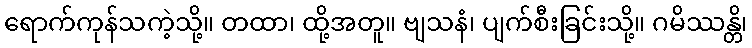
ရောက်ကုန်သကဲ့သို့။ တထာ၊ ထို့အတူ။ ဗျသနံ၊ ပျက်စီးခြင်းသို့။ ဂမိဿန္တိ၊